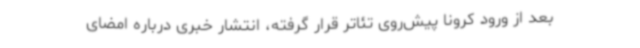
بعد از ورود کرونا پیش‌روی تئاتر قرار گرفته، انتشار خبری درباره امضای